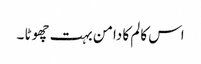
اس کالم کا دامن بہت چھوٹا ۔